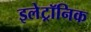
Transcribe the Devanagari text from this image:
इलेट्रॉनिक